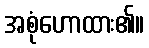
အစုံဟောထား၏။